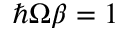
\hbar \Omega \beta = 1